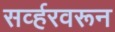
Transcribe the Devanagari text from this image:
सर्व्हरवरून